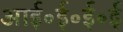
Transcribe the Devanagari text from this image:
आई॰ई॰ई॰ई